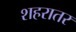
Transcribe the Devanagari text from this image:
शहरातर